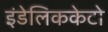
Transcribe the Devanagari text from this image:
इंडेलिककेटो